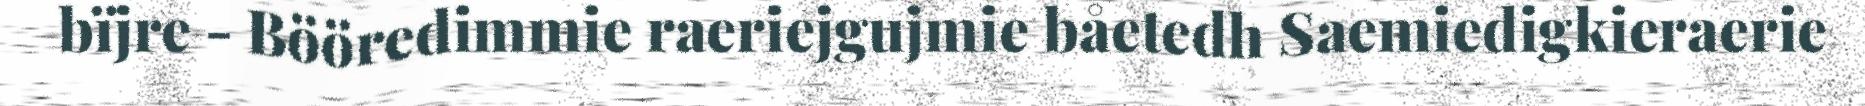
bïjre - Bööredimmie raeriejgujmie båetedh Saemiedigkieraerie